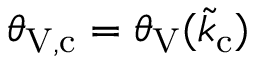
\theta _ { \mathrm { V , c } } = \theta _ { \mathrm { V } } ( \tilde { k } _ { \mathrm { c } } )